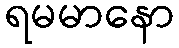
ရမမာနော